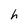
Character: h